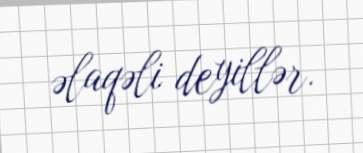
əlaqəli deyillər.